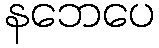
နဘေပေ